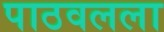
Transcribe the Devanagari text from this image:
पाठवलला